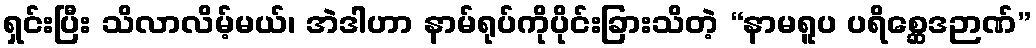
ရှင်းပြီး သိလာလိမ့်မယ်၊ အဲဒါဟာ နာမ်ရုပ်ကိုပိုင်းခြားသိတဲ့ “နာမရူပ ပရိစ္ဆေဒဉာဏ်”